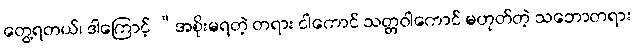
တွေ့ရတယ်၊ ဒါကြောင့် “အစိုးမရတဲ့ တရား ငါကောင် သတ္တဝါကောင် မဟုတ်တဲ့ သဘောတရား